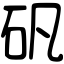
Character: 矾